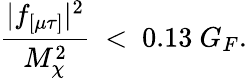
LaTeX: {\frac{|f_{[\mu\tau]}|^{2}}{M_{\chi}^{2}}}\ <\ 0.13\ G_{F}.